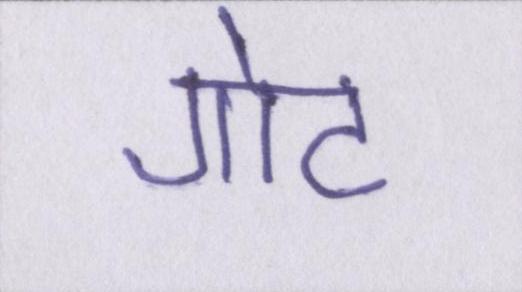
गोट